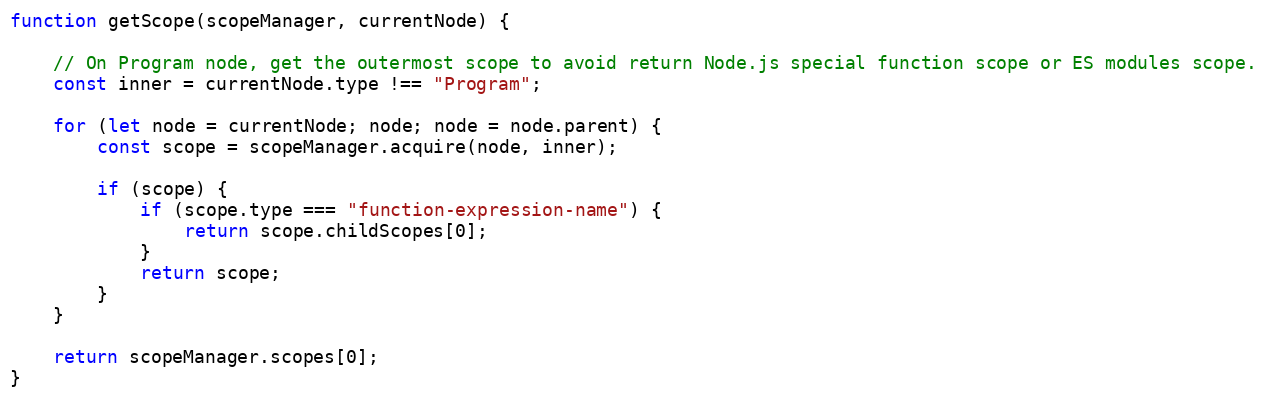
Language: JavaScript
function getScope(scopeManager, currentNode) {

    // On Program node, get the outermost scope to avoid return Node.js special function scope or ES modules scope.
    const inner = currentNode.type !== "Program";

    for (let node = currentNode; node; node = node.parent) {
        const scope = scopeManager.acquire(node, inner);

        if (scope) {
            if (scope.type === "function-expression-name") {
                return scope.childScopes[0];
            }
            return scope;
        }
    }

    return scopeManager.scopes[0];
}